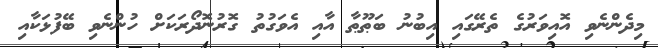
މިދެންނެވި އޮއިވަރުގެ ތެރޭގައި އިބުނު ބަޠޫޠާ އާއި އެވަގުތު ގޮރުނޮދޯރަކަށް ހުންނެވި ބޭފުޅަކާއި